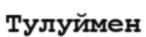
Тулуймен